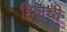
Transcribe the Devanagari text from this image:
हिलची